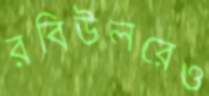
রবিউলরেও